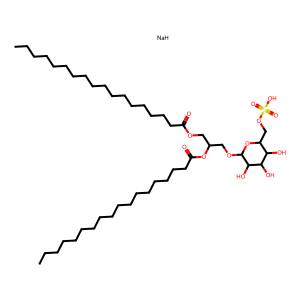
SMILES: CCCCCCCCCCCCCCCCCC(=O)OCC(COC1OC(COS(=O)(=O)O)C(O)C(O)C1O)OC(=O)CCCCCCCCCCCCCCCCC.[NaH]
Inhibits HIV replication: No